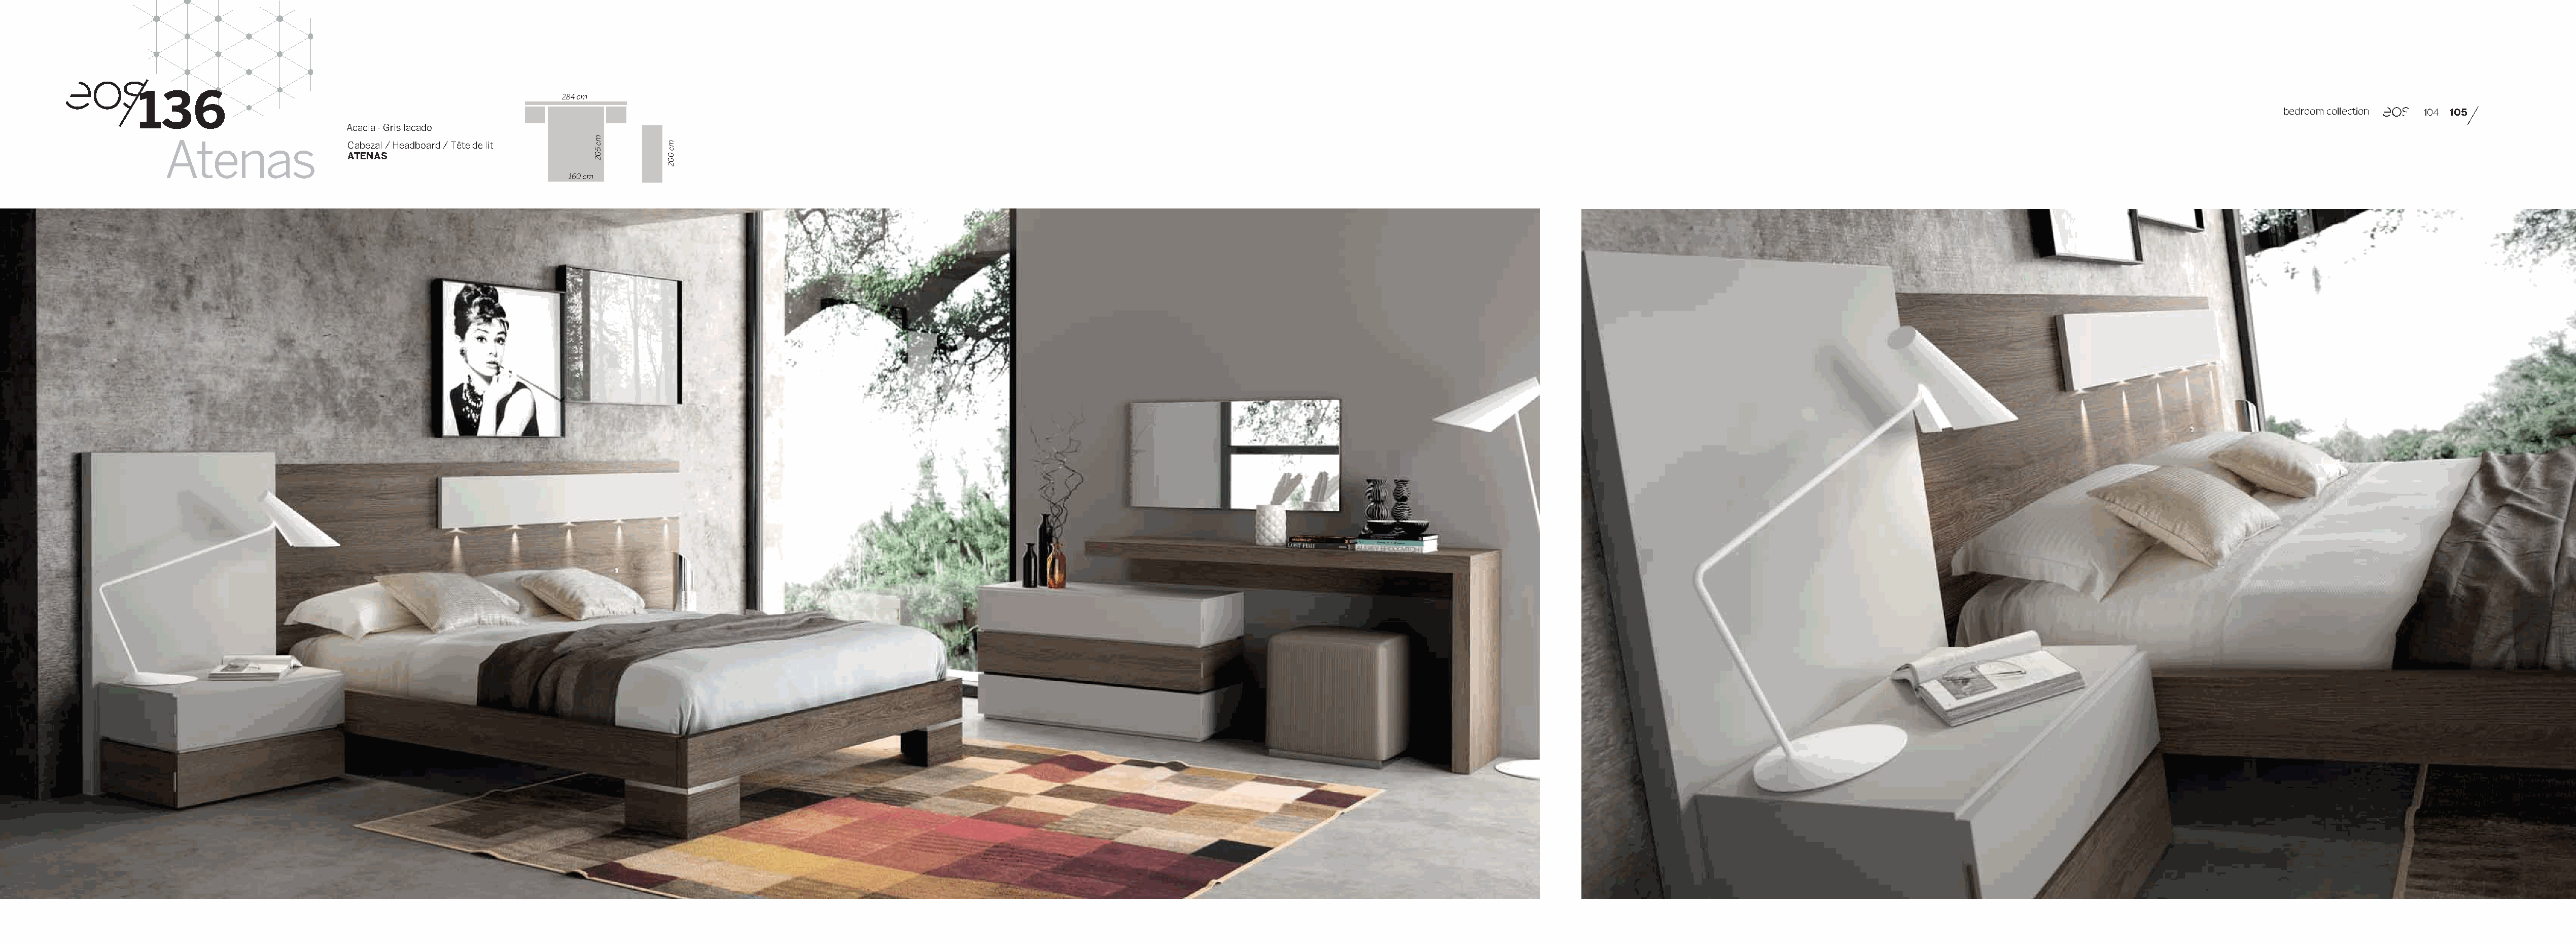
136
 284 cm
 bedroom collection 104 105
 Acacia - Gris lacado
 Atenas                 Cabezal / Headboard / Tête de lit
 ATENAS
 160 cm
 mc
 502
 mc
 002